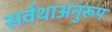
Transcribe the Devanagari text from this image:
सर्वथाअनुरूप